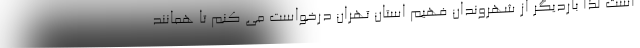
است لذا باردیگر از شهروندان فهیم استان تهران درخواست می کنم تا همانند